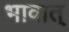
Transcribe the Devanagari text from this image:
भावात्